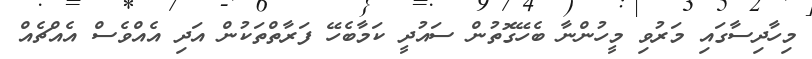
މިހާދިސާގައި މަރުވި މީހުންނާ ބެހޭގޮތުން ސައުދީ ކަމާބެހޭ ފަރާތްތަކުން އަދި އެއްވެސް އެއްޗެއް